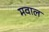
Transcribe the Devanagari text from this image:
मवाल